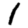
Digit: 1